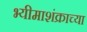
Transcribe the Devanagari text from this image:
भ्यीमाशंक्राच्या